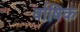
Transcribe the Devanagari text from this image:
र्वाषिक